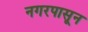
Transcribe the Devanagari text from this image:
नगरपासून